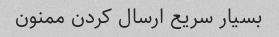
بسیار سریع ارسال کردن ممنون